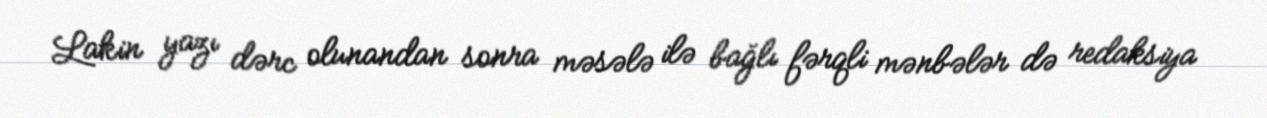
Lakin yazı dərc olunandan sonra məsələ ilə bağlı fərqli mənbələr də redaksiya